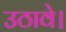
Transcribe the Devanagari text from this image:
उठावे।